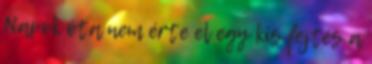
Napok óta nem érte el egy kis fejtés a